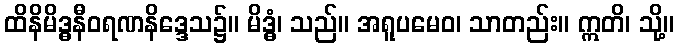
ထိနိမိဒ္ဓနီဝရဏနိဒ္ဒေသ၌။ မိဒ္ဓံ၊ သည်။ အရူပမေဝ၊ သာတည်း။ ဣတိ၊ သို့။